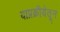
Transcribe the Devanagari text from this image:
याप्रक्रीयेतून